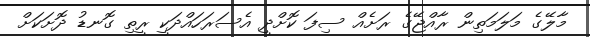
މާލޭގެ މަލަމަތިން ރާއްޖޭގެ ރަށެއް ސިފަ ކޮށްދީ އެސަރަހައްދަކީ ރީތި ގޮނޑު ދޮށަކަށް